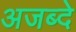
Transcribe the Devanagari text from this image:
अजब्दे